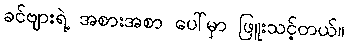
ခင်ဗျားရဲ့ အစားအစာ ပေါ်မှာ ဖြူးသင့်တယ်။